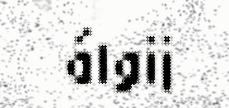
álgij